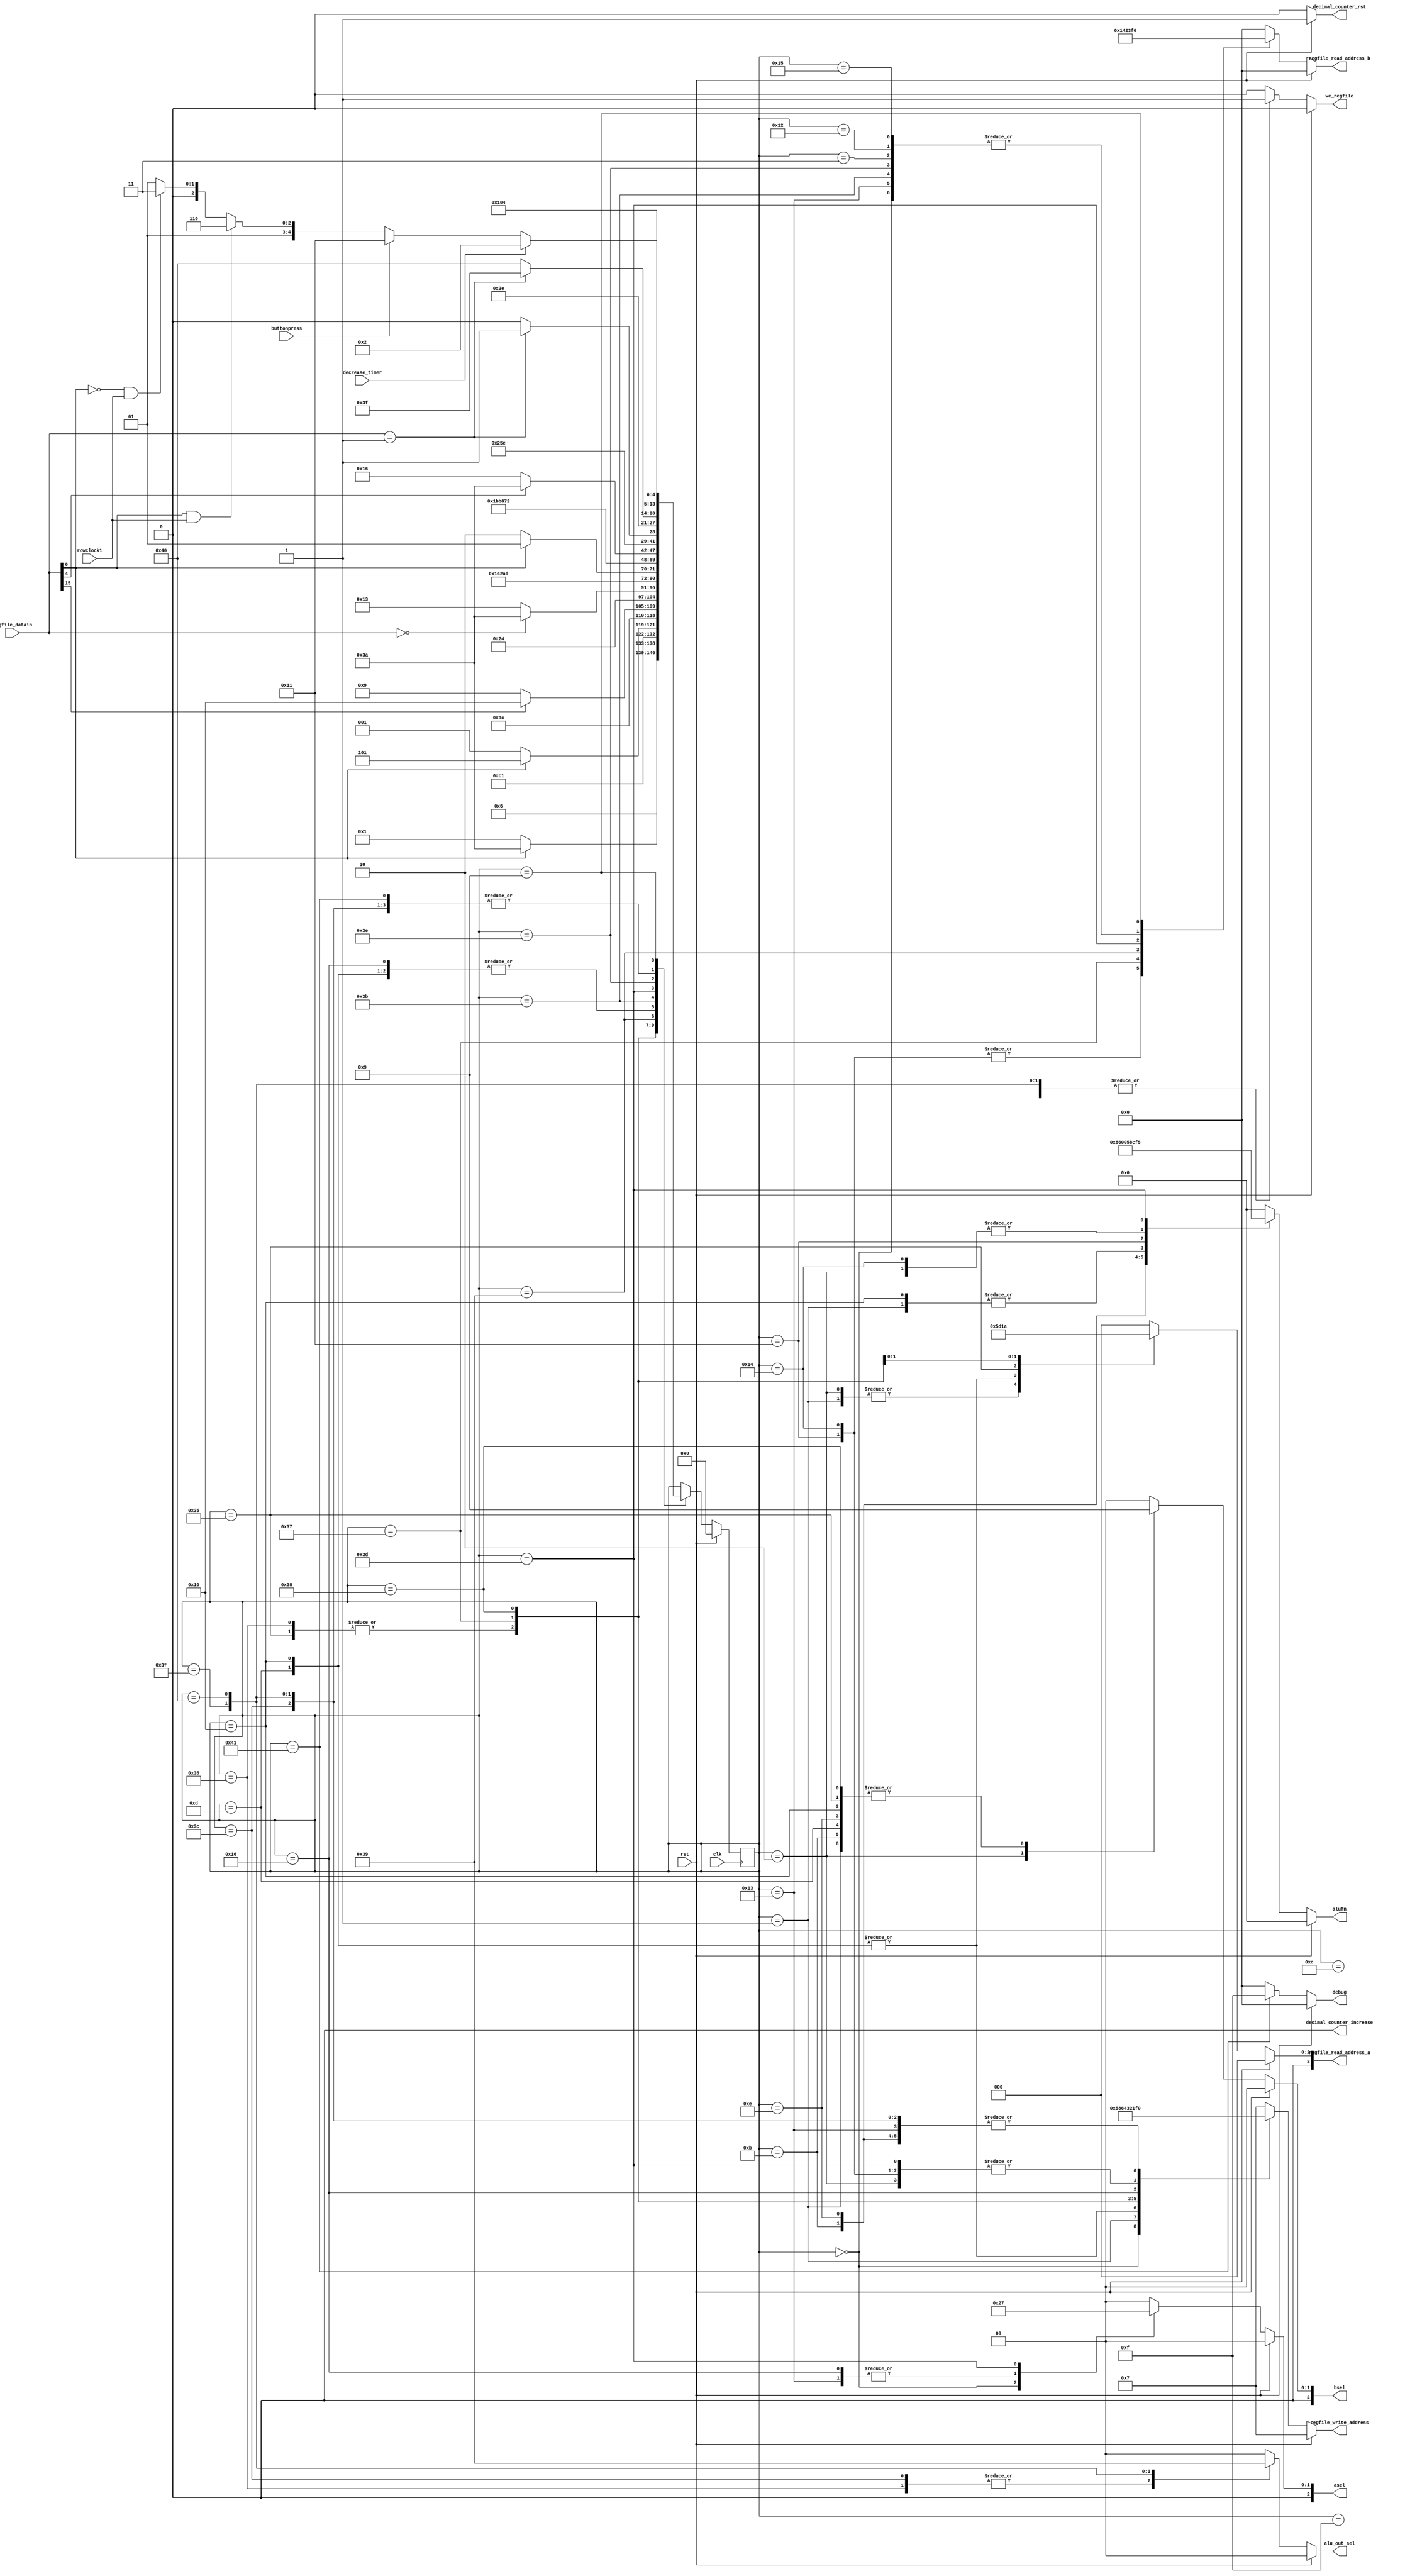
/*
   This file was generated automatically by Alchitry Labs version 1.2.7.
   Do not edit this file directly. Instead edit the original Lucid source.
   This is a temporary file and any changes made to it will be destroyed.
*/

module blockit_controlunit_11 (
    input clk,
    input rst,
    input buttonpress,
    input decrease_timer,
    input rowclock1,
    input [15:0] regfile_datain,
    output reg [5:0] alufn,
    output reg [2:0] asel,
    output reg [2:0] bsel,
    output reg [1:0] alu_out_sel,
    output reg [3:0] regfile_write_address,
    output reg [3:0] regfile_read_address_a,
    output reg [3:0] regfile_read_address_b,
    output reg we_regfile,
    output reg decimal_counter_increase,
    output reg decimal_counter_rst,
    output reg [3:0] debug
  );
  
  
  
  localparam START_SET_TIMER_game_fsm = 7'd0;
  localparam DECREASE_GAMETIMER_game_fsm = 7'd1;
  localparam CHECK_GAMETIMER_game_fsm = 7'd2;
  localparam BRANCH_GAMETIMER_game_fsm = 7'd3;
  localparam INC_TICKCOUNT_game_fsm = 7'd4;
  localparam CHECK_TICKCOUNT_game_fsm = 7'd5;
  localparam BRANCH_TICKCOUNT_game_fsm = 7'd6;
  localparam RESET_TICKCOUNT_game_fsm = 7'd7;
  localparam DEC_TICKLIMIT_game_fsm = 7'd8;
  localparam IDLE_game_fsm = 7'd9;
  localparam BRANCH_BLOCK_DIR_game_fsm = 7'd10;
  localparam CURR_SHIFT_RIGHT_game_fsm = 7'd11;
  localparam BRANCH_SHIFT_RIGHT_game_fsm = 7'd12;
  localparam SET_SHIFT_LEFT_game_fsm = 7'd13;
  localparam CURR_SHIFT_LEFT_game_fsm = 7'd14;
  localparam BRANCH_SHIFT_LEFT_game_fsm = 7'd15;
  localparam SET_SHIFT_RIGHT_game_fsm = 7'd16;
  localparam CURR_PREV_ROW_COMPARE_BITWISE_game_fsm = 7'd17;
  localparam BRANCH_CURR_PREV_ROW_COMPARE_BITWISE_game_fsm = 7'd18;
  localparam REASSIGN_CURR_ROW_game_fsm = 7'd19;
  localparam CURR_PREV_ROW_CMPEQ_game_fsm = 7'd20;
  localparam BRANCH_CURR_PREV_ROW_CMPEQ_game_fsm = 7'd21;
  localparam REASSIGN_PREV_ROW_game_fsm = 7'd22;
  localparam CHECK_DISTFROMLEFT_game_fsm = 7'd23;
  localparam BRANCH_DISTFROMLEFT_game_fsm = 7'd24;
  localparam INC_DISTFROMLEFT_game_fsm = 7'd25;
  localparam SHIFT_DFL_BIT_CHECKED_game_fsm = 7'd26;
  localparam CHECK_BLOCK_LEN_game_fsm = 7'd27;
  localparam BRANCH_BLOCK_LEN_game_fsm = 7'd28;
  localparam INC_BLOCK_LEN_game_fsm = 7'd29;
  localparam SHIFT_BL_BIT_CHECKED_game_fsm = 7'd30;
  localparam BRANCH_STACK_game_fsm = 7'd31;
  localparam INCREASE_HEIGHT_STACK_5_game_fsm = 7'd32;
  localparam CHECK_DFL_ZERO_STACK_5_game_fsm = 7'd33;
  localparam BRANCH_DFL_INSERT_STACK_5_game_fsm = 7'd34;
  localparam STACK_5_INSERT_DFL_game_fsm = 7'd35;
  localparam INCREASE_HEIGHT_STACK_4_game_fsm = 7'd36;
  localparam CHECK_DFL_ZERO_STACK_4_game_fsm = 7'd37;
  localparam BRANCH_DFL_INSERT_STACK_4_game_fsm = 7'd38;
  localparam STACK_4_INSERT_DFL_game_fsm = 7'd39;
  localparam INCREASE_HEIGHT_STACK_3_game_fsm = 7'd40;
  localparam CHECK_DFL_ZERO_STACK_3_game_fsm = 7'd41;
  localparam BRANCH_DFL_INSERT_STACK_3_game_fsm = 7'd42;
  localparam STACK_3_INSERT_DFL_game_fsm = 7'd43;
  localparam INCREASE_HEIGHT_STACK_2_game_fsm = 7'd44;
  localparam CHECK_DFL_ZERO_STACK_2_game_fsm = 7'd45;
  localparam BRANCH_DFL_INSERT_STACK_2_game_fsm = 7'd46;
  localparam STACK_2_INSERT_DFL_game_fsm = 7'd47;
  localparam INCREASE_HEIGHT_STACK_1_game_fsm = 7'd48;
  localparam CHECK_DFL_ZERO_STACK_1_game_fsm = 7'd49;
  localparam BRANCH_DFL_INSERT_STACK_1_game_fsm = 7'd50;
  localparam STACK_1_INSERT_DFL_game_fsm = 7'd51;
  localparam REASSIGN_CURR_BLOCK_game_fsm = 7'd52;
  localparam INCREASE_COMBO_COUNT_game_fsm = 7'd53;
  localparam RESET_COMBO_COUNT_game_fsm = 7'd54;
  localparam INCREASE_SCORE_game_fsm = 7'd55;
  localparam INCREASE_ROWCOUNTER_game_fsm = 7'd56;
  localparam BRANCH_ROWCOUNTER_game_fsm = 7'd57;
  localparam CHECK_SCORELT30_game_fsm = 7'd58;
  localparam BRANCH_CHECK_SCORELT30_game_fsm = 7'd59;
  localparam BAD_SCORE_game_fsm = 7'd60;
  localparam CHECK_SCOREGT45_game_fsm = 7'd61;
  localparam BRANCH_CHECK_SCOREGT45_game_fsm = 7'd62;
  localparam AVG_SCORE_game_fsm = 7'd63;
  localparam GOOD_SCORE_game_fsm = 7'd64;
  localparam GAMEOVER_game_fsm = 7'd65;
  
  reg [6:0] M_game_fsm_d, M_game_fsm_q = START_SET_TIMER_game_fsm;
  
  always @* begin
    M_game_fsm_d = M_game_fsm_q;
    
    alufn = 1'h0;
    asel = 2'h0;
    bsel = 2'h0;
    we_regfile = 1'h0;
    regfile_write_address = 11'h457;
    regfile_read_address_a = 1'h0;
    regfile_read_address_b = 1'h0;
    alu_out_sel = 1'h0;
    debug = 1'h0;
    decimal_counter_increase = 1'h0;
    decimal_counter_rst = 1'h0;
    if (rst) begin
      M_game_fsm_d = START_SET_TIMER_game_fsm;
      decimal_counter_rst = 1'h1;
    end else begin
      
      case (M_game_fsm_q)
        START_SET_TIMER_game_fsm: begin
          alufn = 6'h00;
          asel = 2'h2;
          we_regfile = 1'h1;
          regfile_write_address = 4'h5;
          regfile_read_address_b = 4'hf;
          M_game_fsm_d = IDLE_game_fsm;
        end
        DECREASE_GAMETIMER_game_fsm: begin
          alufn = 6'h01;
          regfile_read_address_a = 4'h5;
          asel = 2'h0;
          bsel = 2'h1;
          we_regfile = 1'h1;
          regfile_write_address = 4'h8;
          M_game_fsm_d = IDLE_game_fsm;
        end
        CHECK_GAMETIMER_game_fsm: begin
          alufn = 6'h33;
          regfile_read_address_a = 4'h5;
          asel = 2'h0;
          bsel = 2'h2;
          we_regfile = 1'h1;
          regfile_write_address = 4'hf;
          M_game_fsm_d = BRANCH_GAMETIMER_game_fsm;
        end
        BRANCH_GAMETIMER_game_fsm: begin
          regfile_read_address_b = 4'hf;
          if (~regfile_datain[0+0-:1]) begin
            M_game_fsm_d = DECREASE_GAMETIMER_game_fsm;
          end else begin
            M_game_fsm_d = CHECK_SCORELT30_game_fsm;
          end
        end
        CURR_SHIFT_RIGHT_game_fsm: begin
          alufn = 6'h21;
          regfile_read_address_a = 4'h0;
          asel = 2'h0;
          bsel = 2'h1;
          we_regfile = 1'h1;
          regfile_write_address = 4'h0;
          M_game_fsm_d = BRANCH_SHIFT_RIGHT_game_fsm;
        end
        BRANCH_SHIFT_RIGHT_game_fsm: begin
          regfile_read_address_b = 4'h0;
          if (regfile_datain[0+0-:1] == 1'h1) begin
            M_game_fsm_d = SET_SHIFT_LEFT_game_fsm;
          end else begin
            M_game_fsm_d = IDLE_game_fsm;
          end
        end
        SET_SHIFT_LEFT_game_fsm: begin
          alufn = 6'h00;
          regfile_read_address_a = 4'h6;
          asel = 2'h0;
          bsel = 2'h1;
          we_regfile = 1'h1;
          regfile_write_address = 4'h6;
          M_game_fsm_d = IDLE_game_fsm;
        end
        CURR_SHIFT_LEFT_game_fsm: begin
          alufn = 6'h20;
          regfile_read_address_a = 4'h0;
          asel = 2'h0;
          bsel = 2'h1;
          we_regfile = 1'h1;
          regfile_write_address = 4'h0;
          M_game_fsm_d = BRANCH_SHIFT_LEFT_game_fsm;
        end
        BRANCH_SHIFT_LEFT_game_fsm: begin
          regfile_read_address_b = 4'h0;
          if (regfile_datain[15+0-:1] == 1'h1) begin
            M_game_fsm_d = SET_SHIFT_RIGHT_game_fsm;
          end else begin
            M_game_fsm_d = IDLE_game_fsm;
          end
        end
        SET_SHIFT_RIGHT_game_fsm: begin
          alufn = 6'h01;
          regfile_read_address_a = 4'h6;
          asel = 2'h0;
          bsel = 2'h1;
          we_regfile = 1'h1;
          regfile_write_address = 4'h6;
          M_game_fsm_d = IDLE_game_fsm;
        end
        CURR_PREV_ROW_COMPARE_BITWISE_game_fsm: begin
          alufn = 6'h18;
          regfile_read_address_a = 4'h0;
          regfile_read_address_b = 4'h1;
          asel = 2'h0;
          bsel = 2'h0;
          we_regfile = 1'h1;
          regfile_write_address = 4'hf;
          M_game_fsm_d = BRANCH_CURR_PREV_ROW_COMPARE_BITWISE_game_fsm;
        end
        BRANCH_CURR_PREV_ROW_COMPARE_BITWISE_game_fsm: begin
          regfile_read_address_b = 4'hf;
          if (regfile_datain == 16'h0000) begin
            M_game_fsm_d = CHECK_SCORELT30_game_fsm;
          end else begin
            M_game_fsm_d = REASSIGN_CURR_ROW_game_fsm;
          end
        end
        REASSIGN_CURR_ROW_game_fsm: begin
          alufn = 6'h00;
          regfile_read_address_b = 4'hf;
          asel = 2'h1;
          bsel = 2'h0;
          we_regfile = 1'h1;
          regfile_write_address = 4'h0;
          M_game_fsm_d = CURR_PREV_ROW_CMPEQ_game_fsm;
        end
        CURR_PREV_ROW_CMPEQ_game_fsm: begin
          alufn = 6'h33;
          regfile_read_address_a = 4'h0;
          regfile_read_address_b = 4'h1;
          asel = 2'h0;
          bsel = 2'h0;
          we_regfile = 1'h1;
          regfile_write_address = 4'hf;
          M_game_fsm_d = BRANCH_CURR_PREV_ROW_CMPEQ_game_fsm;
        end
        BRANCH_CURR_PREV_ROW_CMPEQ_game_fsm: begin
          regfile_read_address_b = 4'hf;
          if (regfile_datain[0+0-:1] == 1'h1) begin
            M_game_fsm_d = INCREASE_COMBO_COUNT_game_fsm;
          end else begin
            M_game_fsm_d = RESET_COMBO_COUNT_game_fsm;
          end
        end
        INCREASE_COMBO_COUNT_game_fsm: begin
          alufn = 6'h00;
          regfile_read_address_a = 4'h4;
          asel = 2'h0;
          bsel = 2'h1;
          we_regfile = 1'h1;
          regfile_write_address = 4'h4;
          M_game_fsm_d = INCREASE_SCORE_game_fsm;
        end
        RESET_COMBO_COUNT_game_fsm: begin
          alu_out_sel = 2'h3;
          we_regfile = 1'h1;
          regfile_write_address = 4'h4;
          M_game_fsm_d = INCREASE_SCORE_game_fsm;
        end
        INCREASE_SCORE_game_fsm: begin
          alufn = 6'h00;
          regfile_read_address_a = 4'h3;
          regfile_read_address_b = 4'h4;
          asel = 2'h0;
          bsel = 2'h0;
          we_regfile = 1'h1;
          regfile_write_address = 4'h3;
          M_game_fsm_d = INCREASE_ROWCOUNTER_game_fsm;
        end
        INCREASE_ROWCOUNTER_game_fsm: begin
          alufn = 6'h00;
          regfile_read_address_a = 4'h2;
          asel = 2'h0;
          bsel = 2'h1;
          we_regfile = 1'h1;
          regfile_write_address = 4'h2;
          M_game_fsm_d = BRANCH_ROWCOUNTER_game_fsm;
        end
        BRANCH_ROWCOUNTER_game_fsm: begin
          regfile_read_address_b = 4'h2;
          if (regfile_datain[4+0-:1]) begin
            M_game_fsm_d = CHECK_SCORELT30_game_fsm;
          end else begin
            M_game_fsm_d = REASSIGN_PREV_ROW_game_fsm;
          end
        end
        REASSIGN_PREV_ROW_game_fsm: begin
          alufn = 6'h00;
          regfile_read_address_b = 4'h0;
          asel = 2'h1;
          bsel = 2'h0;
          we_regfile = 1'h1;
          regfile_write_address = 4'h1;
          M_game_fsm_d = IDLE_game_fsm;
        end
        BRANCH_CHECK_SCORELT30_game_fsm: begin
          regfile_read_address_b = 4'hf;
          if (regfile_datain == 1'h1) begin
            M_game_fsm_d = CHECK_SCOREGT45_game_fsm;
          end else begin
            M_game_fsm_d = BAD_SCORE_game_fsm;
          end
        end
        BAD_SCORE_game_fsm: begin
          we_regfile = 1'h1;
          alu_out_sel = 2'h3;
          regfile_write_address = 4'h0;
          M_game_fsm_d = GAMEOVER_game_fsm;
        end
        CHECK_SCOREGT45_game_fsm: begin
          alufn = 6'h35;
          regfile_read_address_b = 4'h3;
          asel = 2'h3;
          bsel = 2'h0;
          we_regfile = 1'h1;
          regfile_write_address = 4'hf;
          M_game_fsm_d = BRANCH_CHECK_SCOREGT45_game_fsm;
        end
        BRANCH_CHECK_SCOREGT45_game_fsm: begin
          regfile_read_address_b = 4'hf;
          if (regfile_datain == 1'h1) begin
            M_game_fsm_d = AVG_SCORE_game_fsm;
          end else begin
            M_game_fsm_d = GOOD_SCORE_game_fsm;
          end
        end
        AVG_SCORE_game_fsm: begin
          we_regfile = 1'h1;
          alu_out_sel = 2'h2;
          regfile_write_address = 4'h0;
          M_game_fsm_d = GAMEOVER_game_fsm;
        end
        GOOD_SCORE_game_fsm: begin
          we_regfile = 1'h1;
          alu_out_sel = 2'h1;
          regfile_write_address = 4'h0;
          M_game_fsm_d = GAMEOVER_game_fsm;
        end
        GAMEOVER_game_fsm: begin
          debug = 4'hf;
          M_game_fsm_d = GAMEOVER_game_fsm;
        end
        IDLE_game_fsm: begin
          regfile_read_address_b = 4'h6;
          if (decrease_timer) begin
            M_game_fsm_d = CHECK_GAMETIMER_game_fsm;
          end else begin
            if (buttonpress) begin
              M_game_fsm_d = CURR_PREV_ROW_COMPARE_BITWISE_game_fsm;
            end else begin
              if (regfile_datain[0+0-:1] && rowclock1) begin
                M_game_fsm_d = CURR_SHIFT_LEFT_game_fsm;
              end else begin
                if (~regfile_datain[0+0-:1] && rowclock1) begin
                  M_game_fsm_d = CURR_SHIFT_RIGHT_game_fsm;
                end else begin
                  M_game_fsm_d = IDLE_game_fsm;
                end
              end
            end
          end
        end
      endcase
    end
  end
  
  always @(posedge clk) begin
    M_game_fsm_q <= M_game_fsm_d;
  end
  
endmodule